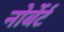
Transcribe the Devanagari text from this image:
नोर्बेर्ट